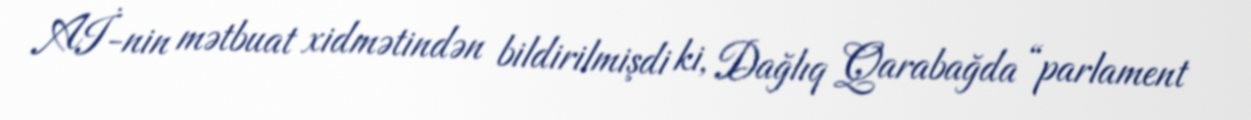
Aİ-nin mətbuat xidmətindən bildirilmişdi ki, Dağlıq Qarabağda “parlament